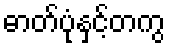
ဓာတ်ပုံနှင့်တကွ